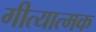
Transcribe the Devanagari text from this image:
गीत्यात्मक